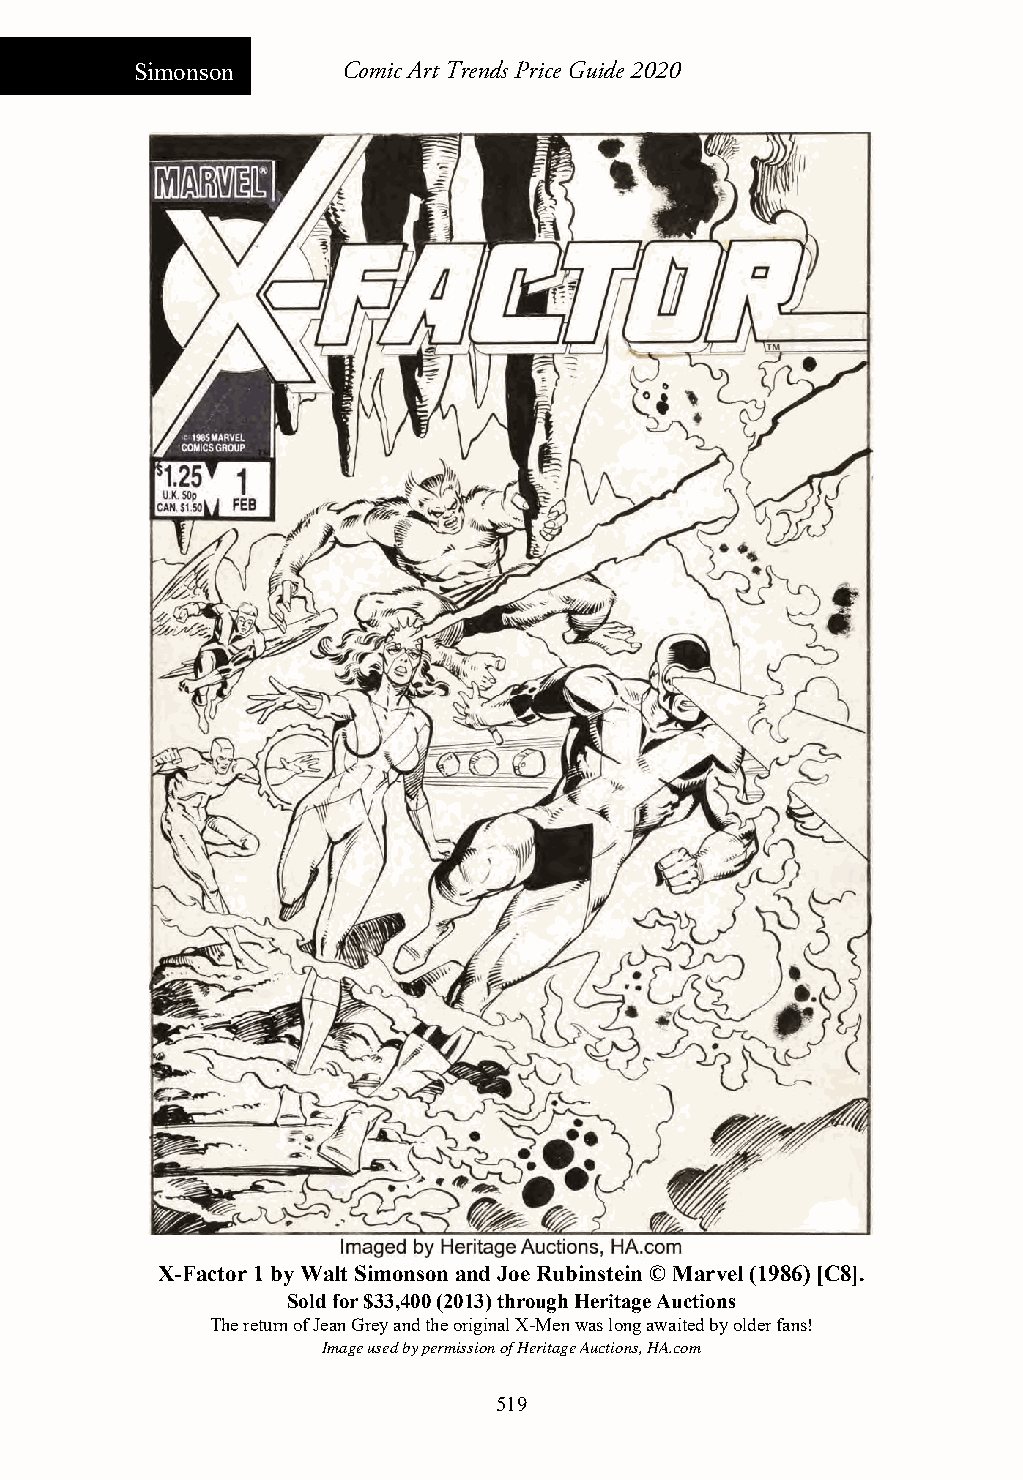
Simonson      Comic Art Trends Price Guide 2020
 X-Factor 1 by Walt Simonson and Joe Rubinstein © Marvel (1986) [C8].
 Sold for $33,400 (2013) through Heritage Auctions
 The return of Jean Grey and the original X-Men was long awaited by older fans!
 Image used by permission of Heritage Auctions, HA.com
 519